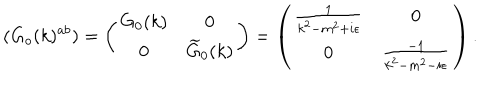
LaTeX: ( G _ { o } ( k ) ^ { a b } ) = \left( \begin{array} { c c } { { G _ { 0 } ( k ) } } & { { 0 } } \\ { { 0 } } & { { \widetilde { G } _ { 0 } ( k ) } } \\ \end{array} \right) = \left( \begin{array} { c c } { { \frac { 1 } { k ^ { 2 } - m ^ { 2 } + i \epsilon } } } & { { 0 } } \\ { { 0 } } & { { \frac { - 1 } { k ^ { 2 } - m ^ { 2 } - i \epsilon } } } \\ \end{array} \right) .